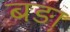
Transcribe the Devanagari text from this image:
बङ़ा